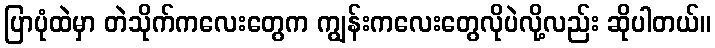
ပြာပုံထဲမှာ တဲသိုက်ကလေးတွေက ကျွန်းကလေးတွေလိုပဲလို့လည်း ဆိုပါတယ်။